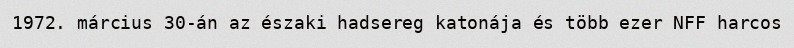
1972. március 30-án az északi hadsereg katonája és több ezer NFF harcos